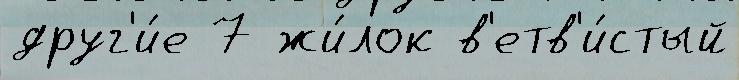
друг'и́е 7 жи́лок в'етв'и́стый